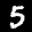
Label: 5